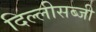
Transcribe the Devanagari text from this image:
दिल्लीसब्जी